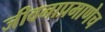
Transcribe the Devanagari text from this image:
जीवनाप्रमाणेच